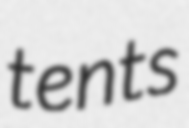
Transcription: tents